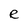
Character: e